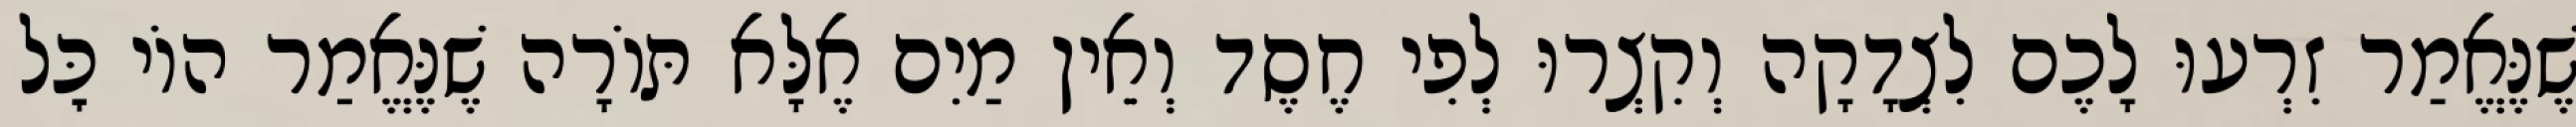
שֶׁנֶּאֱמַר זִרְעוּ לָכֶם לִצְדָקָה וְקִצְרוּ לְפִי חֶסֶד וְאֵין מַיִם אֶלָּא תּוֹרָה שֶׁנֶּאֱמַר הוֹי כׇּל